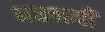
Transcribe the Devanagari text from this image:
मधवानी